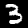
Label: 3